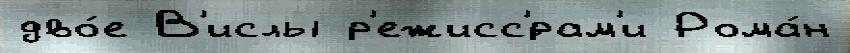
дво́е В'ислы р'ежисс'́рам'и Рома́н